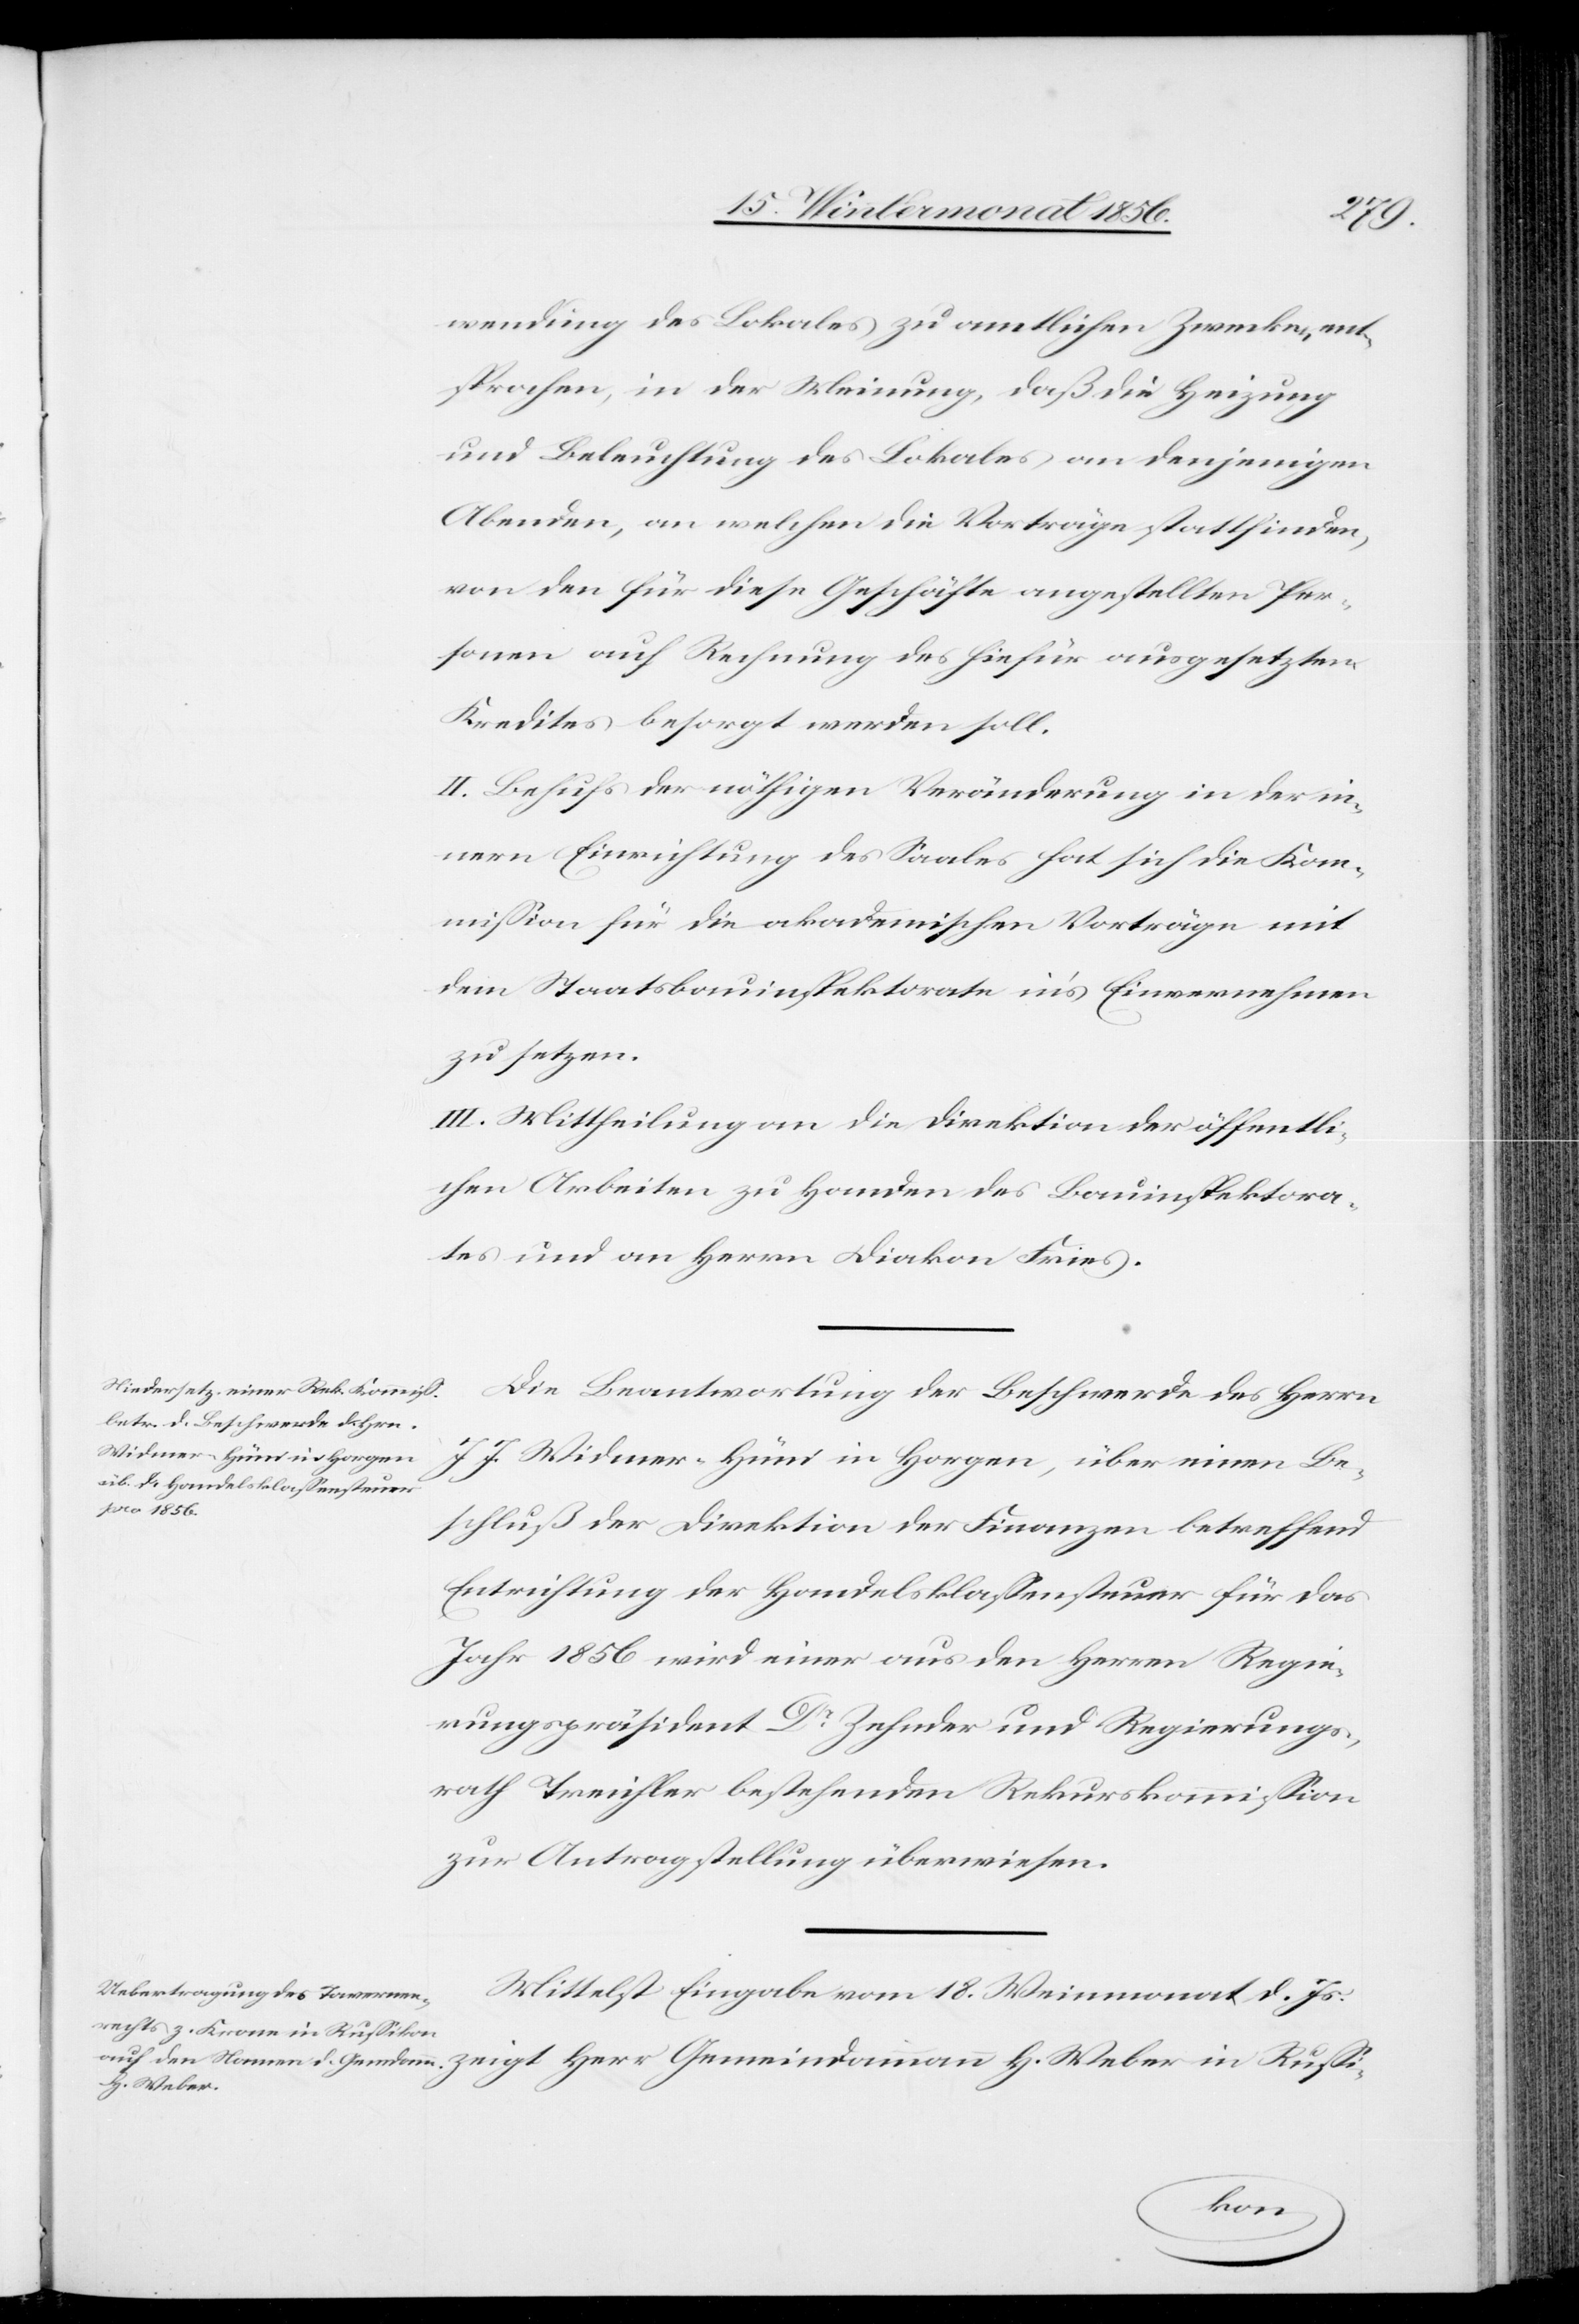
wendung des Lokales zu amtlichen Zwecken ent¬
sprochen, in der Meinung, daß die Heizung
und Beleuchtung des Lokales an denjenigen
Abenden, an welchen die Vorträge stattfinden,
von den für diese Geschäfte angestellten Per¬
sonen auf Rechnung des hiefür ausgesetzten
Kredits besorgt werden soll.
II. Behufs der nöthigen Veränderung in der in¬
nern Einrichtung des Saales hat sich die Kom¬
mission für die akademischen Vorträge mit
dem Staatsbauinspektorate in's Einvernehmen
zu setzen.
III. Mittheilung an die Direktion der öffentli¬
chen Arbeiten zu Handen des Bauinspektora¬
tes und an Herrn Diakon Fries.
Die Beantwortung der Beschwerde des Herrn
J. J. Widmer-Hüni in Horgen, über einen Be¬
schluß der Direktion der Finanzen betreffend
Entrichtung der Handelsklassensteuer für das
Jahr 1856 wird einer aus den Herren Regie¬
rungspräsident Dr Zehnder und Regierungs¬
rath Treichler bestehenden Rekurskommission
zur Antragstellung überwiesen.
Mittelst Eingabe vom 18. Weinmonat d. Js.
H. Weber